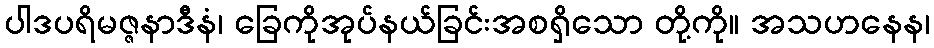
ပါဒပရိမဇ္ဇနာဒီနံ၊ ခြေကိုအုပ်နယ်ခြင်းအစရှိသော တို့ကို။ အသဟနေန၊